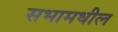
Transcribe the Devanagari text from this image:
सभामधील